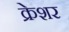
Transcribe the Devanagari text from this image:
क्रेशर